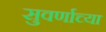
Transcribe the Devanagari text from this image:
सुवर्णाच्या